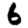
Digit: 6